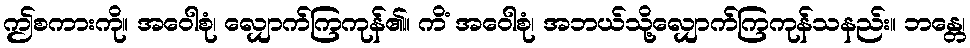
ဤစကားကို။ အဝေါစုံ၊ လျှောက်ကြကုန်၏။ ကိံ အဝေါစုံ၊ အဘယ်သို့လျှောက်ကြကုန်သနည်း။ ဘန္တေ၊